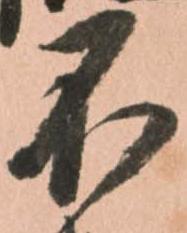
不